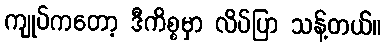
ကျုပ်ကတော့ ဒီကိစ္စမှာ လိပ်ပြာ သန့်တယ်။